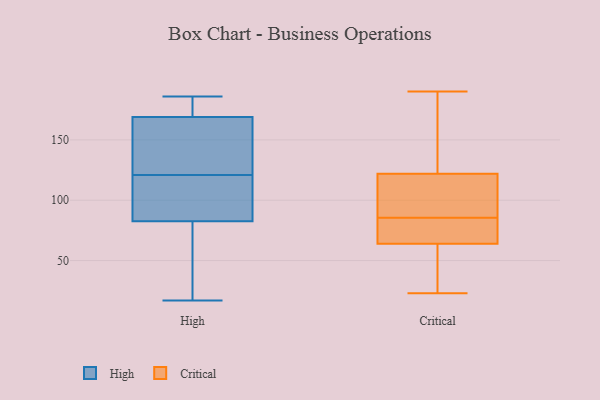
{"axis": {"x": "Budget (USD K)", "y": "Value"}, "legend": ["Critical", "High"], "data": [{"x": "", "y": 159, "type": "High"}, {"x": "", "y": 121, "type": "High"}, {"x": "", "y": 17, "type": "High"}, {"x": "", "y": 81, "type": "High"}, {"x": "", "y": 157, "type": "High"}, {"x": "", "y": 84, "type": "High"}, {"x": "", "y": 177, "type": "High"}, {"x": "", "y": 167, "type": "High"}, {"x": "", "y": 186, "type": "High"}, {"x": "", "y": 135, "type": "High"}, {"x": "", "y": 97, "type": "High"}, {"x": "", "y": 83, "type": "High"}, {"x": "", "y": 175, "type": "High"}, {"x": "", "y": 64, "type": "High"}, {"x": "", "y": 180, "type": "High"}, {"x": "", "y": 112, "type": "High"}, {"x": "", "y": 61, "type": "High"}, {"x": "", "y": 190, "type": "Critical"}, {"x": "", "y": 23, "type": "Critical"}, {"x": "", "y": 80, "type": "Critical"}, {"x": "", "y": 43, "type": "Critical"}, {"x": "", "y": 90, "type": "Critical"}, {"x": "", "y": 81, "type": "Critical"}, {"x": "", "y": 106, "type": "Critical"}, {"x": "", "y": 64, "type": "Critical"}, {"x": "", "y": 122, "type": "Critical"}, {"x": "", "y": 142, "type": "Critical"}]}